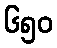
၆၅၀